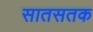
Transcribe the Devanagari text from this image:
सातसतक